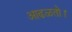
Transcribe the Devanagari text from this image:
आढळतो।